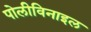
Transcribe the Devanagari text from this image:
पोलीविनाइल